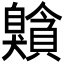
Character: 𦤰